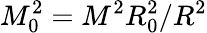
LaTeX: M_{0}^{2}=M^{2}R_{0}^{2}/R^{2}